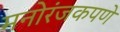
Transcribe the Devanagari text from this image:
मनोरंजकपणे